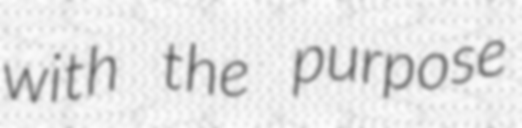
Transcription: with the purpose